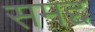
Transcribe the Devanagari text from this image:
समद्द